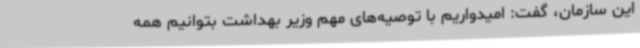
این سازمان، گفت: امیدواریم با توصیه‌های مهم وزیر بهداشت بتوانیم همه